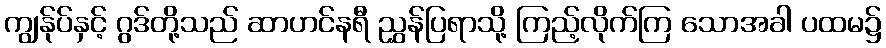
ကျွန်ုပ်နှင့် ဂွဒ်တို့သည် ဆာဟင်နရီ ညွှန်ပြရာသို့ ကြည့်လိုက်ကြ သောအခါ ပထမ၌